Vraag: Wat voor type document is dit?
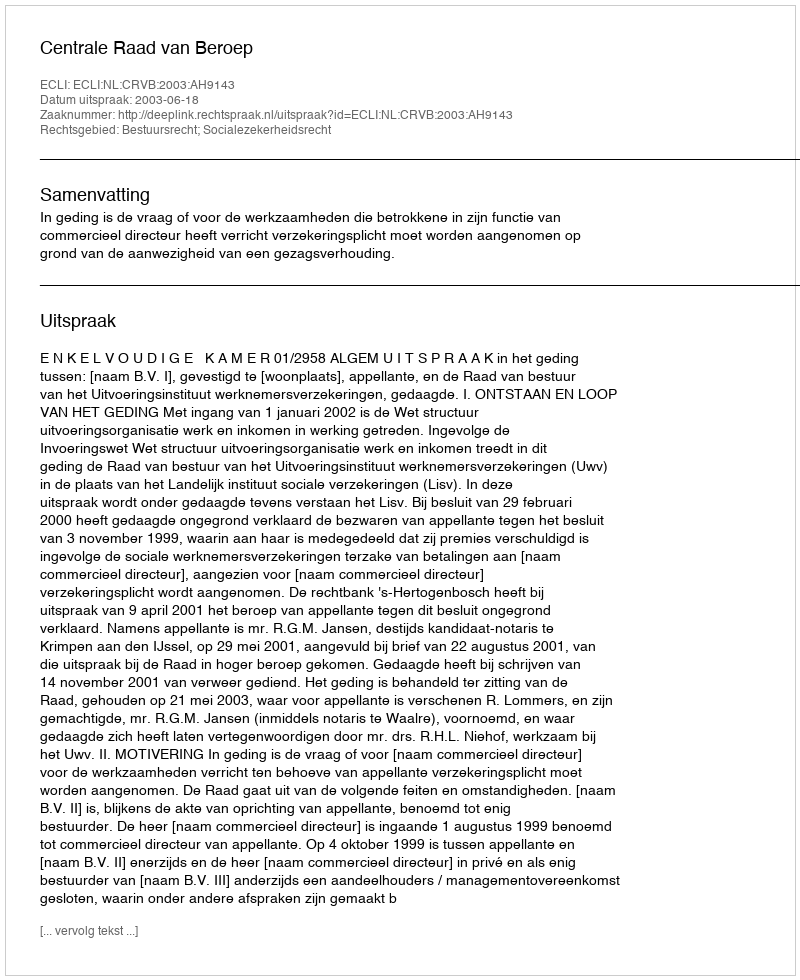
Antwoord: Uitspraak